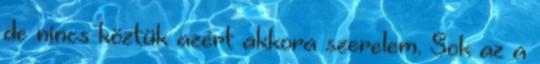
de nincs köztük azért akkora szerelem. Sok az a